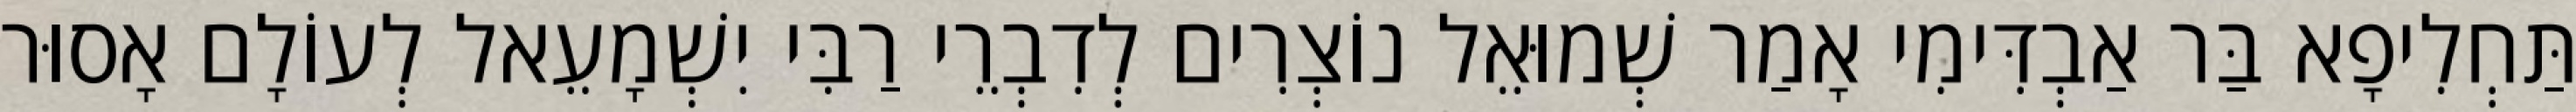
תַּחְלִיפָא בַּר אַבְדִּימִי אָמַר שְׁמוּאֵל נוֹצְרִים לְדִבְרֵי רַבִּי יִשְׁמָעֵאל לְעוֹלָם אָסוּר